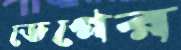
ডেগের